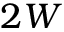
2 W